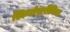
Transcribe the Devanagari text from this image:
स्किजोफ़्रीनिया